Indian journal of veterinary science and animal husbandry - Volume 8,
Year: 1938
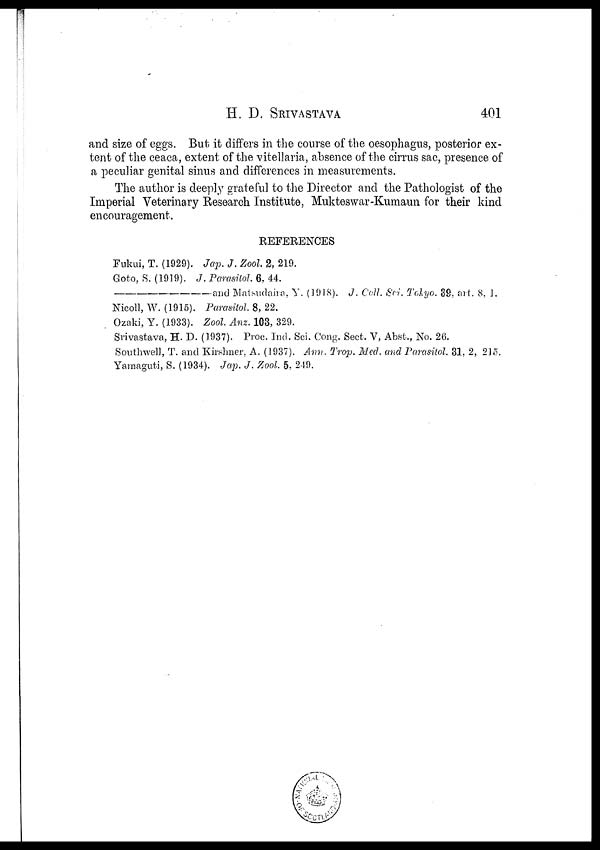
H. D.
SRIVASTAVA
401
and size of eggs. But it differs in the course of the oesophagus, posterior ex-
tent of the ceaca, extent of the vitellaria, absence of the cirrus sac, presence of
a peculiar genital sinus and differences in measurements.
The author is deeply grateful to the Director and the Pathologist of the
Imperial Veterinary Research Institute, Mukteswar-Kumaun for their kind
encouragement.
REFERENCES
Fukui, T. (1929). Jap. J. Zool. 2, 219.
Goto, S. (1919). J. Parasitol. 6, 44.
—and
Matsudaira, Y. (1918). J. Coll. Sci. Tokyo. 39, art. 8, ].
Nicoll, W. (1915). Parasitol. 8, 22.
Ozaki, Y. (1933). Zool. Anz. 103, 329.
Srivastava, H. D. (1937). Proc. Ind. Sci. Cong. Sect. V, Abst., No. 26.
Southwell, T. and Kirshner, A. (1937). Ann. Trop. Med. and Parasitol. 31, 2, 215.
Yamaguti, S. (1934). Jap. J. Zool. 5, 249.